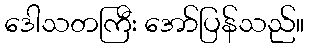
ဒေါသတကြီး အော်ပြန်သည်။